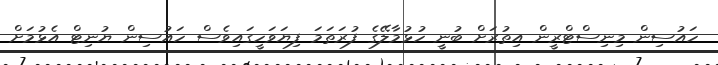
ހައުސިން މިނިސްޓްރީން އިތުރަށް ބުނީ ހުޅުމާލޭގެ ފުރަތަމަ ފިޔަވަހީގައިވެސް ހައުސިން ޔުނިޓް އެޅުމަށް